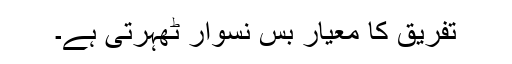
تفریق کا معیار بس نسوار ٹھہرتی ہے۔